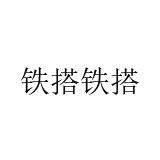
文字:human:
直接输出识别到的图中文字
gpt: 铁搭铁搭